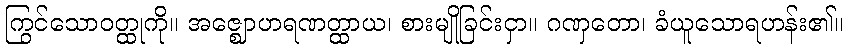
ကြွင်သောဝတ္ထုကို။ အဇ္ဈောဟရဏတ္ထာယ၊ စားမျိုခြင်းငှာ။ ဂဏှတော၊ ခံယူသောရဟန်း၏။